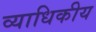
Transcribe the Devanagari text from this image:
व्याधिकीय